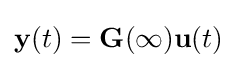
\mathbf {y} (t)=\mathbf {G} (\infty )\mathbf {u} (t)